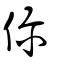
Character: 儞